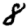
Digit: 8